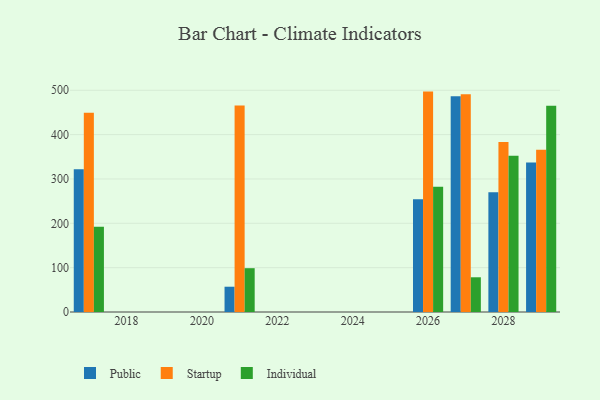
{"axis": {"x": "Year", "y": "Temperature (°C)"}, "legend": ["Individual", "Public", "Startup"], "data": [{"x": "2027", "y": 486.3, "type": "Public"}, {"x": "2027", "y": 491.2, "type": "Startup"}, {"x": "2027", "y": 78.3, "type": "Individual"}, {"x": "2028", "y": 270.1, "type": "Public"}, {"x": "2028", "y": 383.5, "type": "Startup"}, {"x": "2028", "y": 352.2, "type": "Individual"}, {"x": "2021", "y": 57.0, "type": "Public"}, {"x": "2021", "y": 465.5, "type": "Startup"}, {"x": "2021", "y": 98.8, "type": "Individual"}, {"x": "2017", "y": 321.7, "type": "Public"}, {"x": "2017", "y": 449.4, "type": "Startup"}, {"x": "2017", "y": 192.0, "type": "Individual"}, {"x": "2029", "y": 337.1, "type": "Public"}, {"x": "2029", "y": 365.9, "type": "Startup"}, {"x": "2029", "y": 465.0, "type": "Individual"}, {"x": "2026", "y": 254.1, "type": "Public"}, {"x": "2026", "y": 497.0, "type": "Startup"}, {"x": "2026", "y": 282.4, "type": "Individual"}]}